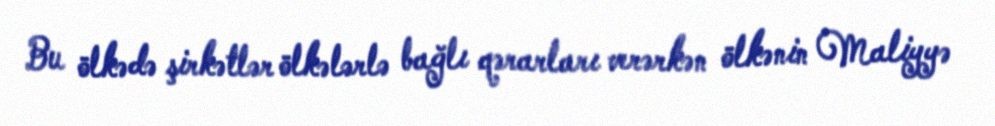
Bu ölkədə şirkətlər ölkələrlə bağlı qərarları verərkən ölkənin Maliyyə